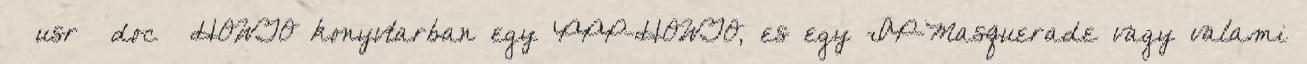
usr doc HOWTO konyvtarban egy PPP-HOWTO, es egy IP-Masquerade vagy valami